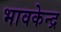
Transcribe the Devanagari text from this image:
भावकेन्द्र